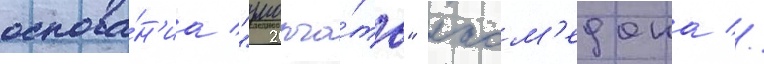
основа́н'иа "умолча́ть" лаом'едона //